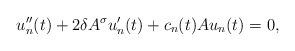
LaTeX: \begin{align*}u_{n}''(t)+2\delta A^{\sigma}u_{n}'(t)+c_{n}(t)Au_{n}(t)=0,\end{align*}